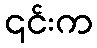
၎င်းက